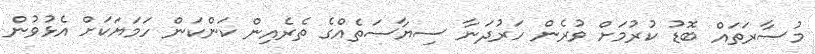
މުސާރަތައް ބޮޑު ކުރުމަށް ވުރެން ހަރުދަނާ ސިޔާސަތެއްގެ ތެރެއިން ކަންކަން ހަމަޔަކަށް އެޅުވުން